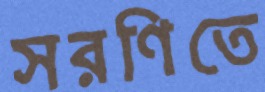
সরণিতে